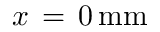
x \, = \, 0 \, \mathrm { { m m } }